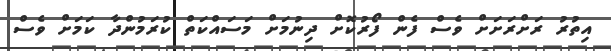
އިތުރު ރަށްރަށަށް ވެސް ފެން ފޯރުކޮށް ދިނުމަށް މަސައްކަތް ކުރަމުންދާ ކަމަށް ވެސް